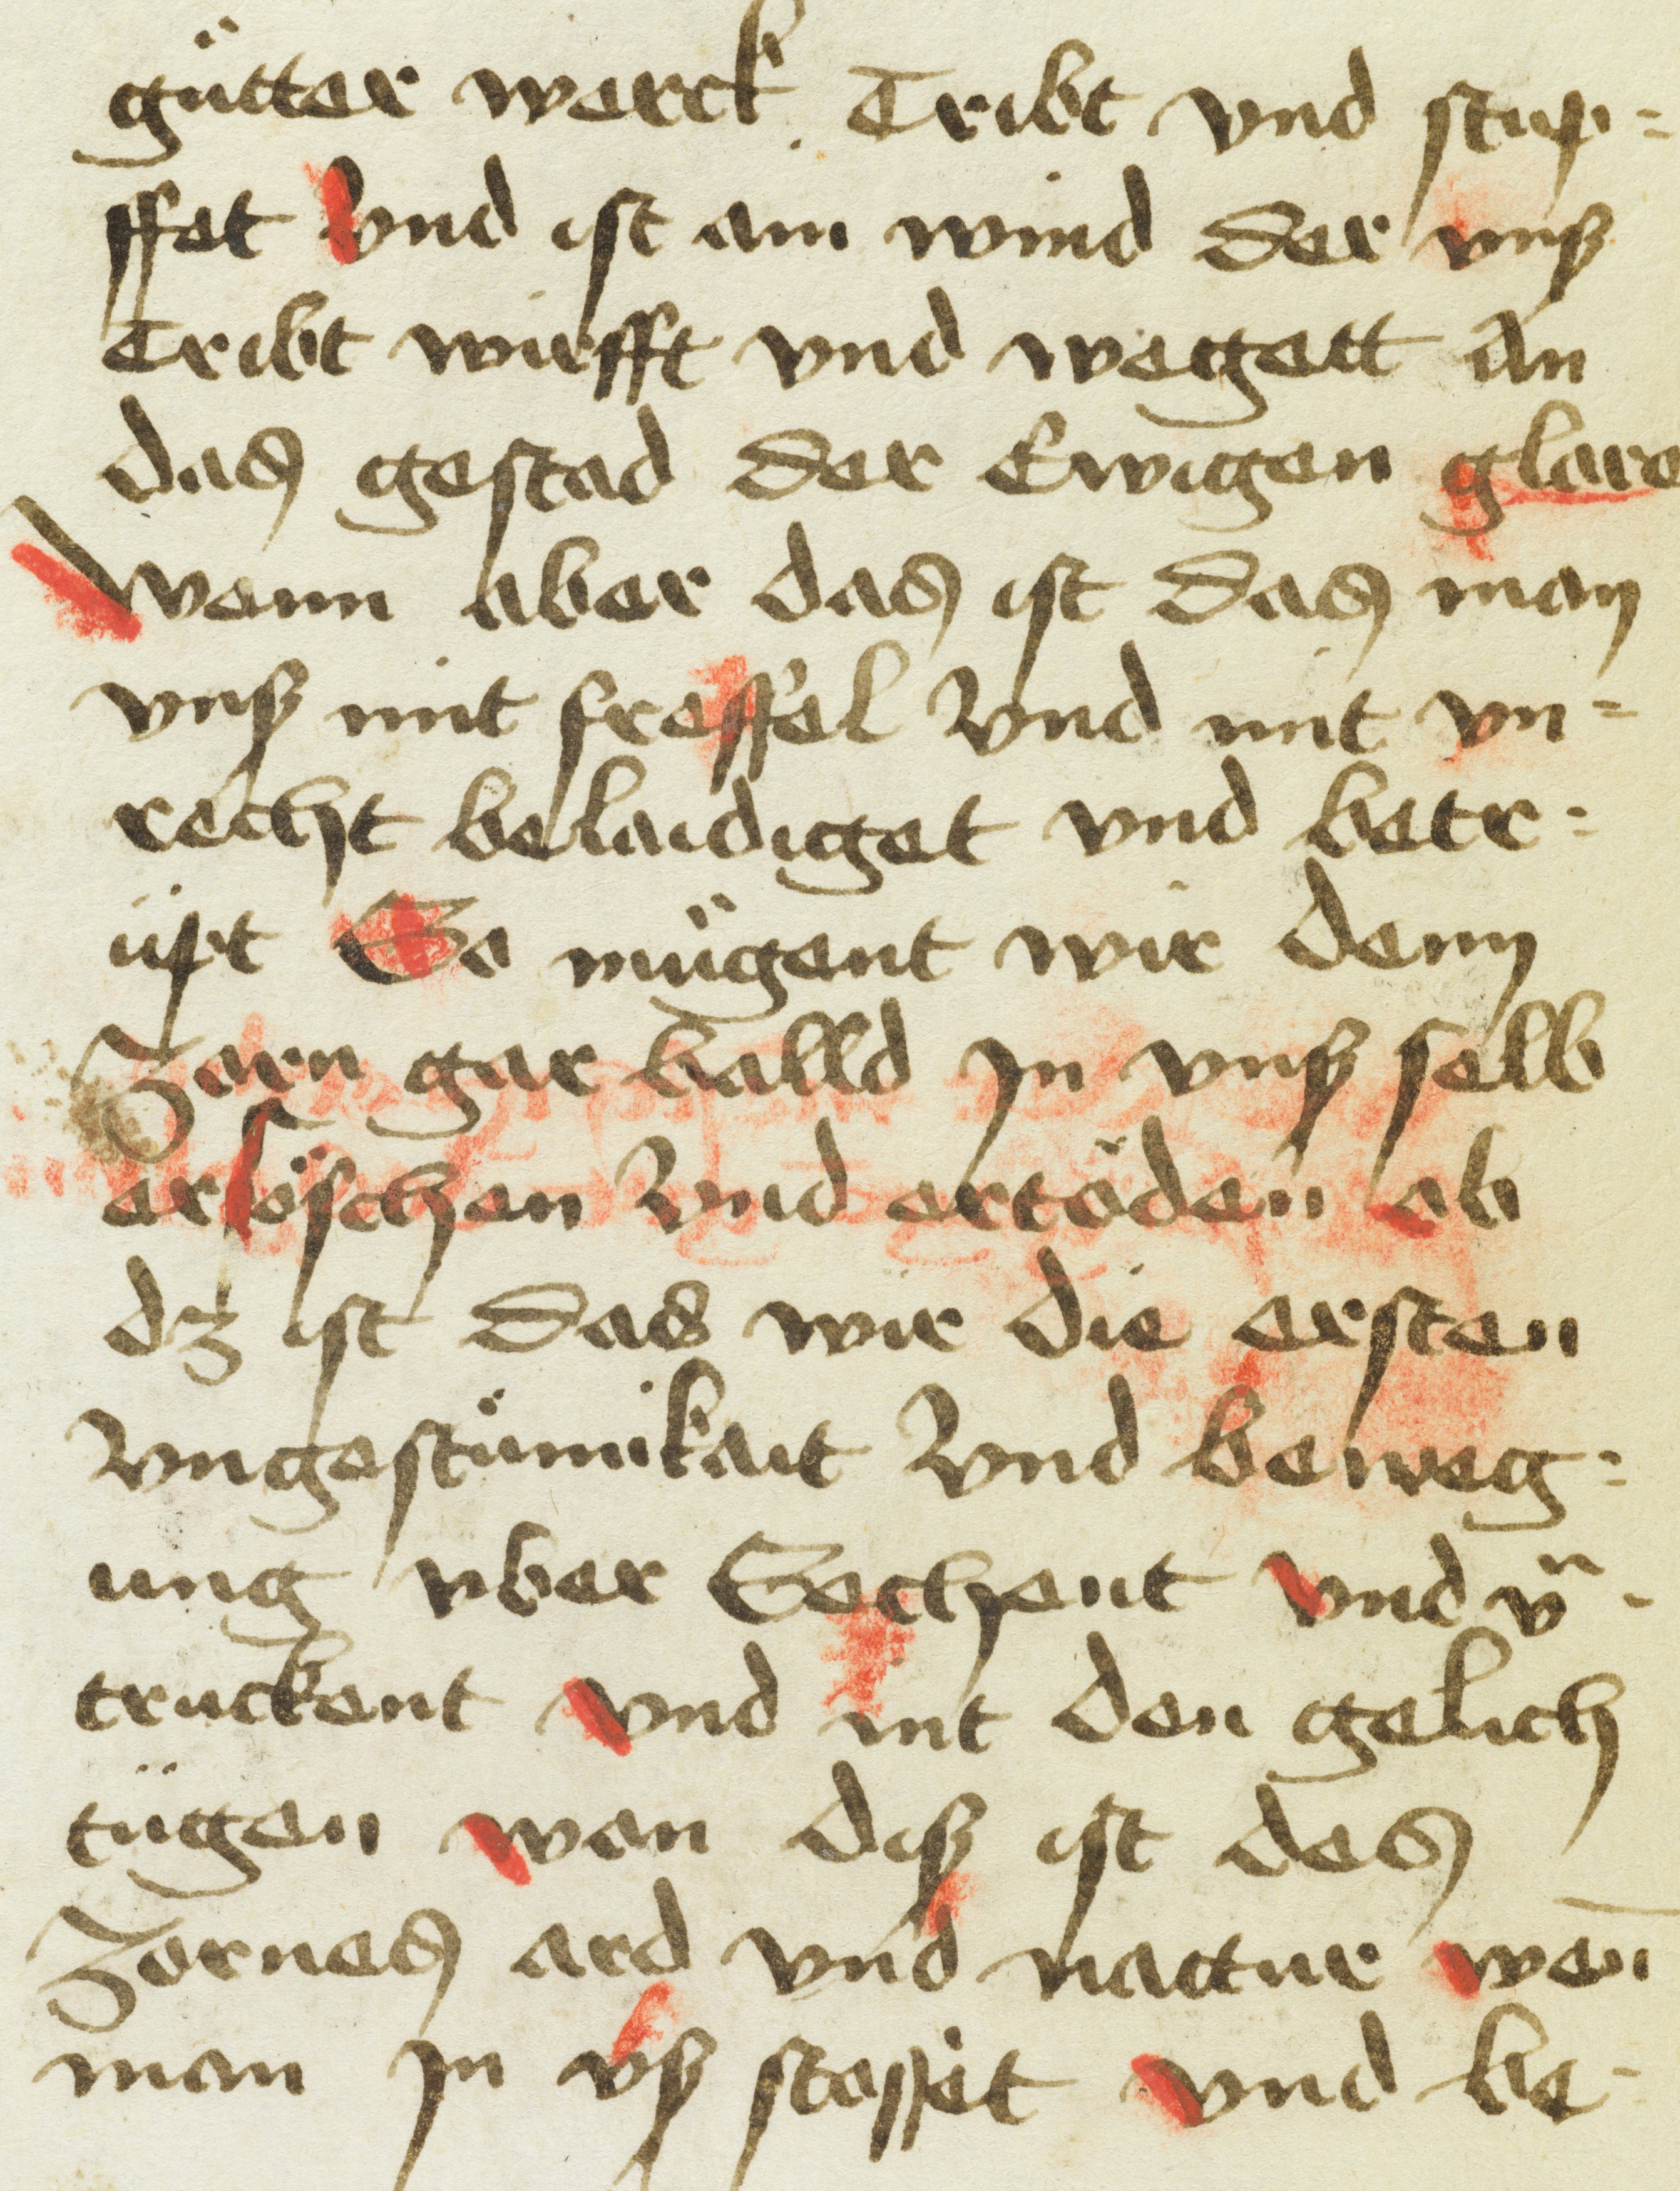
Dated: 1400–1499